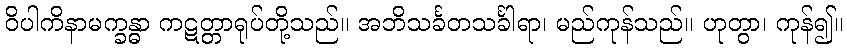
ဝိပါကိနာမက္ခန္ဓာ ကဋတ္တာရုပ်တို့သည်။ အဘိသင်္ခတသင်္ခါရာ၊ မည်ကုန်သည်။ ဟုတွာ၊ ကုန်၍။